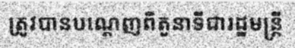
ត្រូវបានបណ្តេញពីតួនាទីជារដ្ឋមន្ត្រី